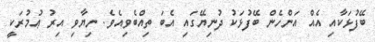
ބޭފުޅަކާއި އެއް އަންހެން ބޭފުޅަކު ދުނިޔޭގައި އެބަ ތިއްބެވިއެވެ. ނިޔާވި އިރު ޢުމުރަކީ